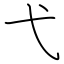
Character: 弋